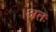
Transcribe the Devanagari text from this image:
।अतः